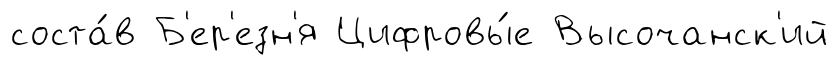
соста́в Б'ер'езн'я Цифровы́е Высочанск'ий